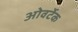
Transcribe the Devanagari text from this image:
ओवर्टेक